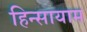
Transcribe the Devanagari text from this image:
हिन्सायाम